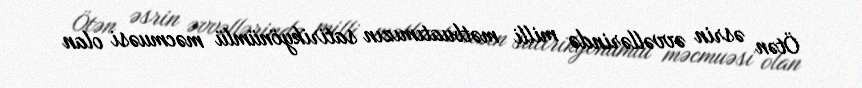
Ötən əsrin əvvəllərində milli mətbuatımızın satirikyönümlü məcmuəsi olan